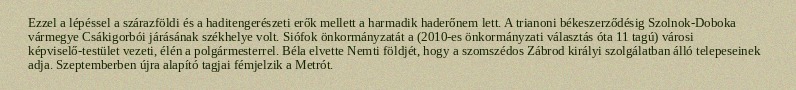
Ezzel a lépéssel a szárazföldi és a haditengerészeti erők mellett a harmadik haderőnem lett. A trianoni békeszerződésig Szolnok-Doboka vármegye Csákigorbói járásának székhelye volt. Siófok önkormányzatát a (2010-es önkormányzati választás óta 11 tagú) városi képviselő-testület vezeti, élén a polgármesterrel. Béla elvette Nemti földjét, hogy a szomszédos Zábrod királyi szolgálatban álló telepeseinek adja. Szeptemberben újra alapító tagjai fémjelzik a Metrót.